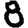
Digit: 8